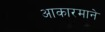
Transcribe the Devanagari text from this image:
आकारमाने